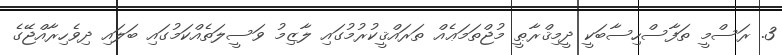
3. ރަސްމީ ތަފާސްހިސާބަކީ ދީމިޤްރާޠީ މުޖްތަމަޢެއް ތަރައްޤީކުރުމުގައި ލާޒިމު ވަސީލަތެއްކަމުގައި ބަލައި ދިވެހިރާއްޖޭގެ